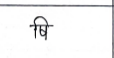
मजकूर: षि